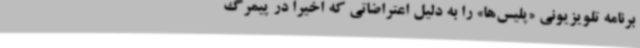
برنامه تلویزیونی «پلیس‌ها» را به دلیل اعتراضاتی که اخیرا در پیمرگ